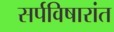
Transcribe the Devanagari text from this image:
सर्पविषारांत